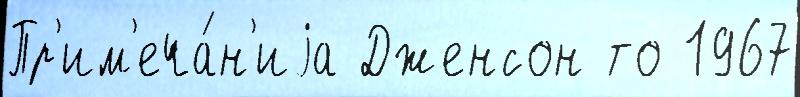
Пр'им'еча́н'иjа Дженсон то 1967